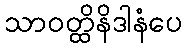
သာဝတ္ထိနိဒါနံပေ